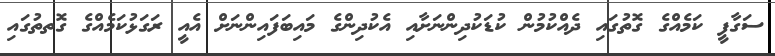
ސަގާފީ ކަމެއްގެ ގޮތުގައި ދެއްކުމުން ކުޑަކުދިންނަށާއި އެކުދިންގެ މައިބަފައިންނަށް އެއީ ރަގަޅުކަމެއްގެ ގޮތތުގައި